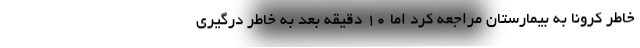
خاطر کرونا به بیمارستان مراجعه کرد اما ۱۰ دقیقه بعد به خاطر درگیری